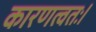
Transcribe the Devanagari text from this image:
कारणत्वतः।